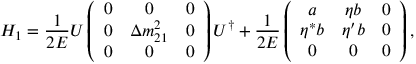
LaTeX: H _ { 1 } = \frac { 1 } { 2 E } U \left( \begin{array} { c c c } { { 0 } } & { { 0 } } & { { 0 } } \\ { { 0 } } & { { \Delta m _ { 2 1 } ^ { 2 } } } & { { 0 } } \\ { { 0 } } & { { 0 } } & { { 0 } } \end{array} \right) U ^ { \dagger } + \frac { 1 } { 2 E } \left( \begin{array} { c c c } { { a } } & { { \eta b } } & { { 0 } } \\ { { \eta ^ { * } b } } & { { \eta ^ { \prime } b } } & { { 0 } } \\ { { 0 } } & { { 0 } } & { { 0 } } \end{array} \right) ,